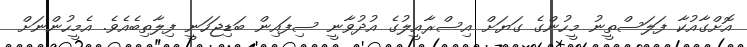
އޮށްގާއުކާ ފަލަސްތީނު މީހުންގެ ގަޔަށް އިސްރާއީލުގެ އުދުވާނީ ސިފައިން ބަޑިޖަހަނީ ފިލާތިބެއެވެ. އެމީހުންނަށް